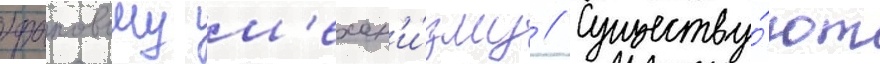
храповому м'ехан'и́зму // Существу́ют